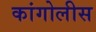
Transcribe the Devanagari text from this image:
कांगोलीस